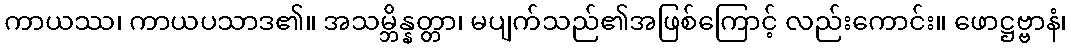
ကာယဿ၊ ကာယပသာဒ၏။ အသမ္ဘိန္နတ္တာ၊ မပျက်သည်၏အဖြစ်ကြောင့် လည်းကောင်း။ ဖောဋ္ဌဗ္ဗာနံ၊